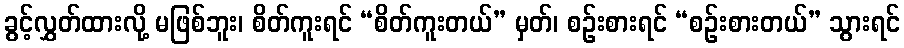
ခွင့်လွှတ်ထားလို့ မဖြစ်ဘူး၊ စိတ်ကူးရင် “စိတ်ကူးတယ်” မှတ်၊ စဉ်းစားရင် “စဉ်းစားတယ်” သွားရင်